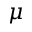
\mu